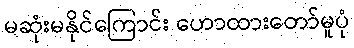
မဆုံးမနိုင်ကြောင်း ဟောထားတော်မူပုံ